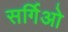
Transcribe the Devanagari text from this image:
सर्गिओ